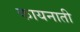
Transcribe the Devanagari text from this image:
कायनाती